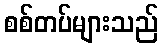
စစ်တပ်များသည်